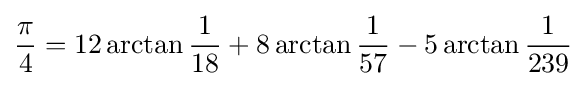
{\frac {\pi }{4}}=12\arctan {\frac {1}{18}}+8\arctan {\frac {1}{57}}-5\arctan {\frac {1}{239}}